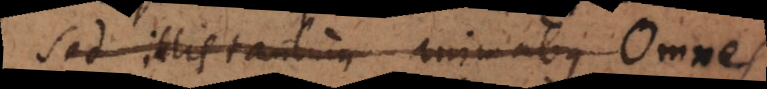
Sed illis tantum animabus Omn